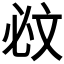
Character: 𣁉